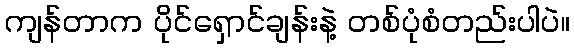
ကျန်တာက ပိုင်ရှောင်ချန်းနဲ့ တစ်ပုံစံတည်းပါပဲ။